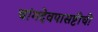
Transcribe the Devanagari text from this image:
चांगदेवपासष्टीची